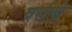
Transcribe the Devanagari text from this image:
वर्सली